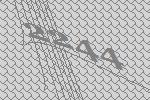
2244